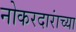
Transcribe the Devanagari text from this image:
नोकरदारांच्या